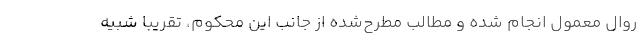
روال معمول انجام شده و مطالب مطرح‌شده از جانب این محکوم، تقریبا شبیه